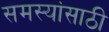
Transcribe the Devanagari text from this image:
समस्यांसाठी